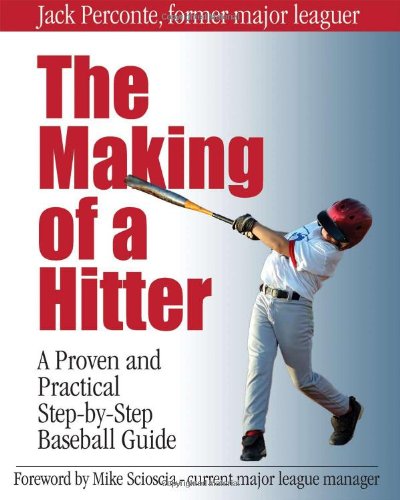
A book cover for The Making of a Hitter: A Proven and Practical Step-by-Step Baseball Guide; Jack Perconte; Sports & Outdoors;